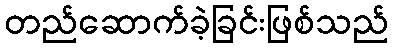
တည်ဆောက်ခဲ့ခြင်းဖြစ်သည်